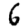
Digit: 6